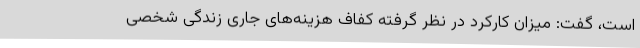
است، گفت: میزان کارکرد در نظر گرفته کفاف هزینه‌های جاری زندگی شخصی